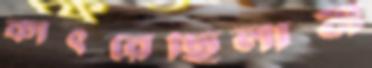
কাৎরেছিলাম